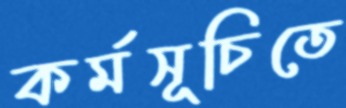
কর্মসূচিতে